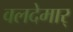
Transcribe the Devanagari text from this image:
वलदेमार्